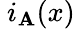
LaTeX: \ i_{\mathbf{A}}(x)